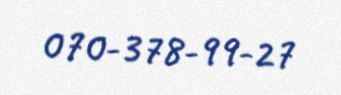
070-378-99-27